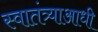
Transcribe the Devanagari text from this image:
स्वातंत्र्याआधी